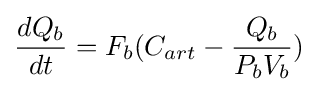
{dQ_{b} \over dt}=F_{b}(C_{art}-{{Q_{b}} \over {P_{b}V_{b}}})